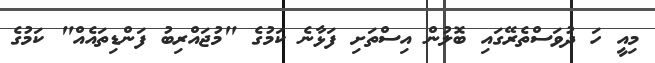
މިއީ ހަަ ދުވަސްތެރޭގައި ބޮލުން އިސްތަށި ފަޅާނެ ކަމުގެ "މުޖައްރިބު ފަންޑިތައެއް" ކަމުގެ